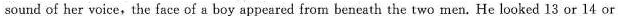
sound of her voice,the face of a boy appeared from beneath the two men. He looked 13 or 14 or